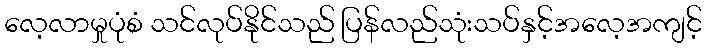
လေ့လာမှုပုံစံ သင်လုပ်နိုင်သည် ပြန်လည်သုံးသပ်နှင့်အလေ့အကျင့်